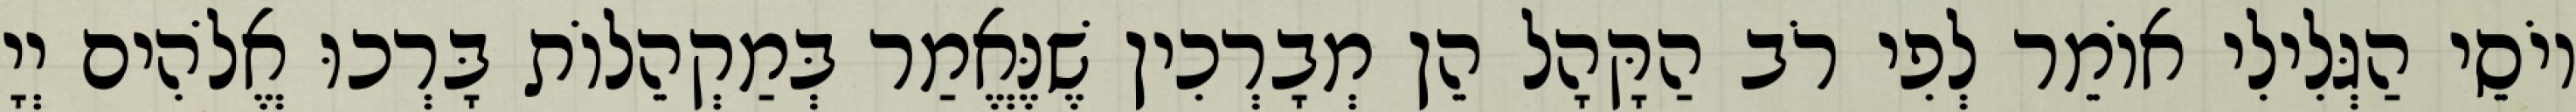
יוֹסֵי הַגְּלִילִי אוֹמֵר לְפִי רֹב הַקָּהָל הֵן מְבָרְכִין שֶׁנֶּאֱמַר בְּמַקְהֵלוֹת בָּרְכוּ אֱלֹהִים יְיָ